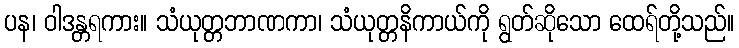
ပန၊ ဝါဒန္တရကား။ သံယုတ္တဘာဏကာ၊ သံယုတ္တနိကာယ်ကို ရွတ်ဆိုသော ထေရ်တို့သည်။